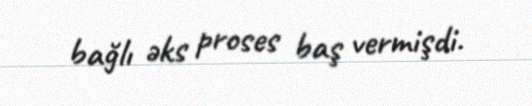
bağlı əks proses baş vermişdi.